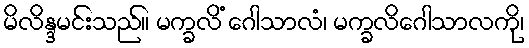
မိလိန္ဒမင်းသည်။ မက္ခလိံ ဂေါသာလံ၊ မက္ခလိဂေါသာလကို၊